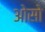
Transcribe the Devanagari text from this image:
ओसो